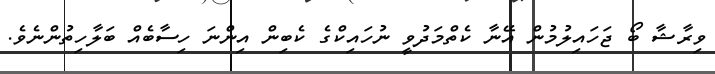
ވިރާޝާ ބޯ ޖަހައިލުމުން އޭނާ ކެތްމަދުވީ ނުހައިކްގެ ކެބިން އިންނަ ހިސާބެއް ބަލާހިތުންނެވެ.